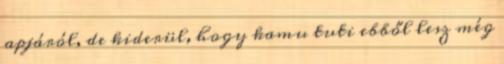
apjáról, de kiderül, hogy kamu tuti ebből lesz még